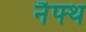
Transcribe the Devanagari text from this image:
नैफ्थ